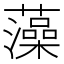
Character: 藻